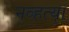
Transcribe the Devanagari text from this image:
नव्‍हत्‍या